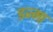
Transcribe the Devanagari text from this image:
इज्मा